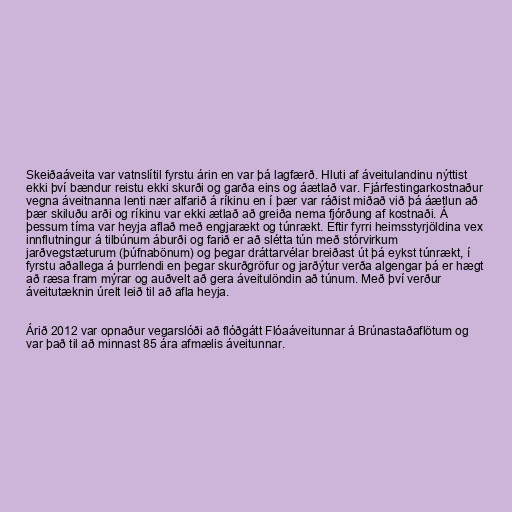
Skeiðaáveita var vatnslítil fyrstu árin en var þá lagfærð. Hluti af áveitulandinu nýttist
ekki því bændur reistu ekki skurði og garða eins og áætlað var. Fjárfestingarkostnaður
vegna áveitnanna lenti nær alfarið á ríkinu en í þær var ráðist miðað við þá áætlun að
þær skiluðu arði og ríkinu var ekki ætlað að greiða nema fjórðung af kostnaði. Á
þessum tíma var heyja aflað með engjarækt og túnrækt. Eftir fyrri heimsstyrjöldina vex
innflutningur á tilbúnum áburði og farið er að slétta tún með stórvirkum
jarðvegstæturum (þúfnabönum) og þegar dráttarvélar breiðast út þá eykst túnrækt, í
fyrstu aðallega á þurrlendi en þegar skurðgröfur og jarðýtur verða algengar þá er hægt
að ræsa fram mýrar og auðvelt að gera áveitulöndin að túnum. Með því verður
áveitutæknin úrelt leið til að afla heyja.

Árið 2012 var opnaður vegarslóði að flóðgátt Flóaáveitunnar á Brúnastaðaflötum og
var það til að minnast 85 ára afmælis áveitunnar.